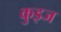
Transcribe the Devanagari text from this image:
कुइज